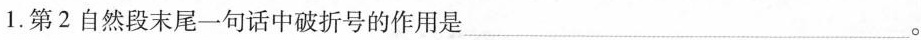
1.第2自然段末尾一句话中破折号的作用是___。